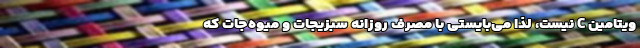
ویتامین C نیست، لذا می‌بایستی با مصرف روزانه سبزیجات و میوه‌جات که